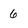
Character: 6